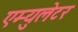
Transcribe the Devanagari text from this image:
एम्युलेटर